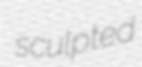
sculpted